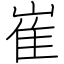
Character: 崔